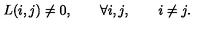
L ( i , j ) \ne 0 , \qquad \forall i , j , \qquad i \ne j .